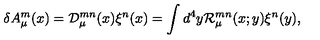
\delta A _ { \mu } ^ { m } ( x ) = { \cal D } _ { \mu } ^ { m n } ( x ) \xi ^ { n } ( x ) = \int d ^ { 4 } y { \cal R } _ { \mu } ^ { m n } ( x ; y ) \xi ^ { n } ( y ) ,